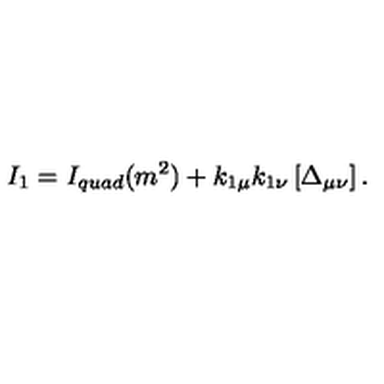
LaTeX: I _ { 1 } = I _ { q u a d } ( m ^ { 2 } ) + k _ { 1 \mu } k _ { 1 \nu } \left[ \Delta _ { \mu \nu } \right] .